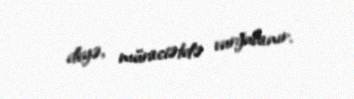
deyə, müraciətdə vurğulanır.